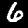
Label: 6